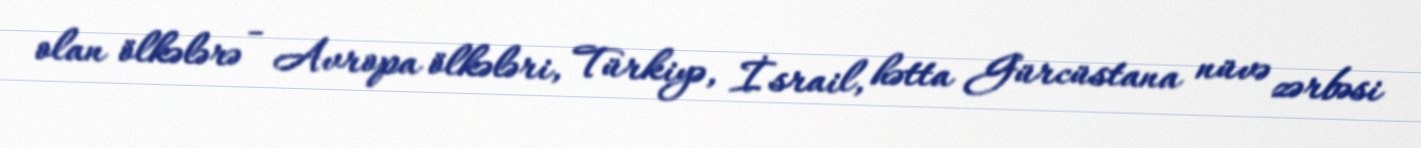
olan ölkələrə - Avropa ölkələri, Türkiyə, İsrail, hətta Gürcüstana nüvə zərbəsi